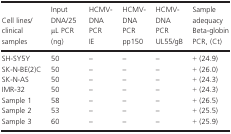
<table><thead><tr><td><b>Cell lines/clinical samples</b></td><td><b>Input DNA/25 μL PCR (ng)</b></td><td><b>HCMV-DNA PCR IE</b></td><td><b>HCMV-DNA PCR pp150</b></td><td><b>HCMV-DNA PCR UL55/gB</b></td><td><b>Sample adequacy Beta-globin PCR, (Ct)</b></td></tr></thead><tbody><tr><td>SH-SY5Y</td><td>50</td><td>–</td><td>–</td><td>–</td><td>+ (24.9)</td></tr><tr><td>SK-N-BE(2)C</td><td>50</td><td>–</td><td>–</td><td>–</td><td>+ (26.0)</td></tr><tr><td>SK-N-AS</td><td>50</td><td>–</td><td>–</td><td>–</td><td>+ (24.3)</td></tr><tr><td>IMR-32</td><td>50</td><td>–</td><td>–</td><td>–</td><td>+ (24.3)</td></tr><tr><td>Sample 1</td><td>58</td><td>–</td><td>–</td><td>–</td><td>+ (26.5)</td></tr><tr><td>Sample 2</td><td>53</td><td>–</td><td>–</td><td>–</td><td>+ (25.5)</td></tr><tr><td>Sample 3</td><td>60</td><td>–</td><td>–</td><td>–</td><td>+ (25.9)</td></tr></tbody></table>